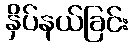
နှိပ်နယ်ခြင်း